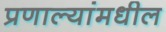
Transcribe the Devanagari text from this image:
प्रणाल्यांमधील